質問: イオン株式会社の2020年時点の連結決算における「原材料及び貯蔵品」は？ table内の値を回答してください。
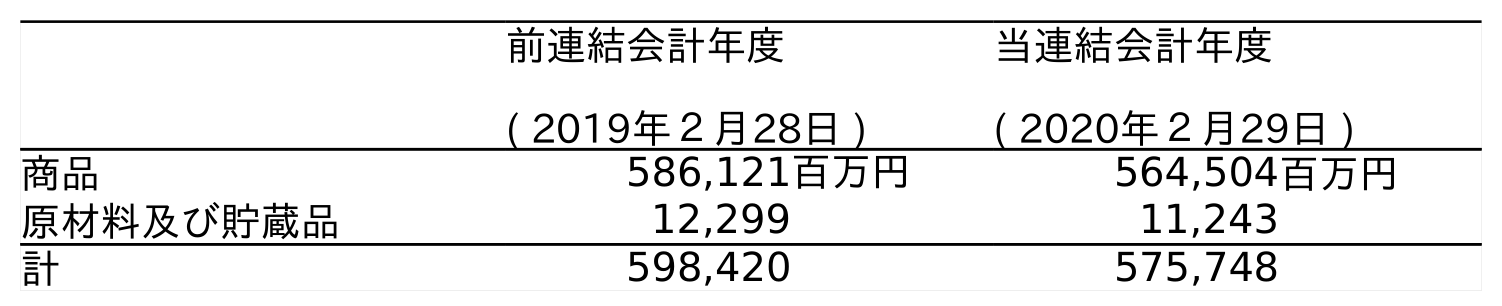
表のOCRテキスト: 前連結会計年度 ( 2019年２月28日 ) 当連結会計年度 ( 2020年２月29日 ) 商品 586,121百万円 564,504百万円 原材料及び貯蔵品 12,299 11,243 計 598,420 575,748
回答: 11,243